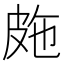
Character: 𭽤